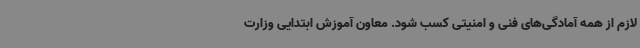
لازم از همه آمادگی‌های فنی و امنیتی کسب شود. معاون آموزش ابتدایی وزارت